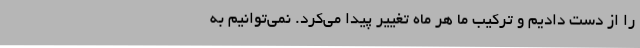
را از دست دادیم و ترکیب ما هر ماه تغییر پیدا می‌کرد. نمی‌توانیم به